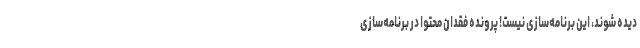
دیده شوند، این برنامه‌سازی نیست! پرونده فقدان محتوا در برنامه‌سازی